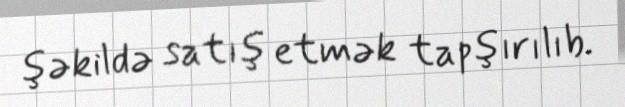
şəkildə satış etmək tapşırılıb.